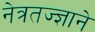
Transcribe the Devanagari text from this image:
नेत्रतज्ज्ञाने